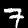
Digit: 7